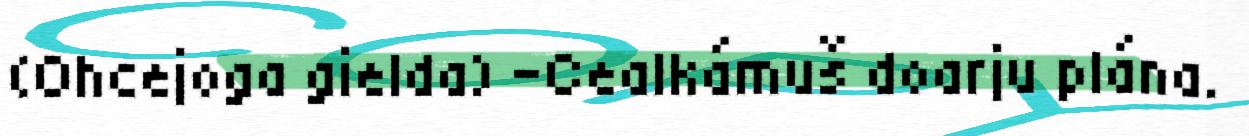
(Ohcejoga gielda) -Cealkámuš doarju plána.